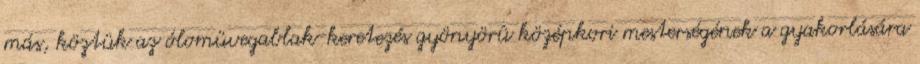
más, köztük az ólomüvegablak-keretezés gyönyörû középkori mesterségének a gyakorlására